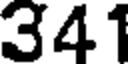
341